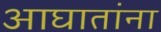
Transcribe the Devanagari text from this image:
आघातांना